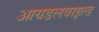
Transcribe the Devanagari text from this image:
आयडलवाइल्ड